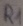
Text: R1